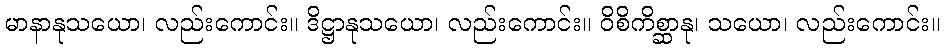
မာနာနုသယော၊ လည်းကောင်း။ ဒိဋ္ဌာနုသယော၊ လည်းကောင်း။ ဝိစိကိစ္ဆာနု၊ သယော၊ လည်းကောင်း။